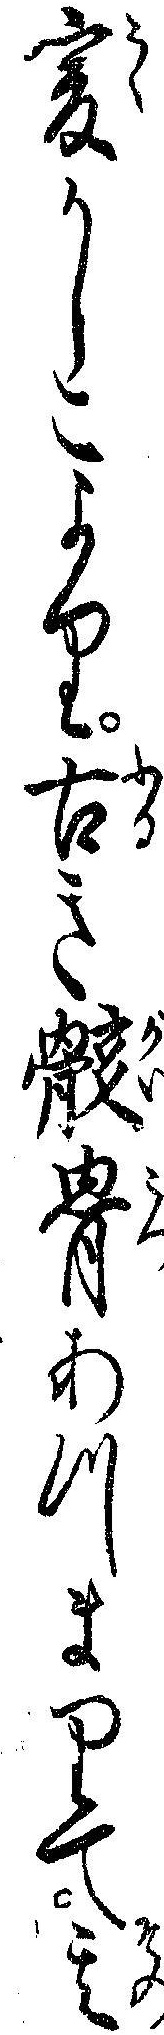
爰かしこより古き骸骨あつまりて其